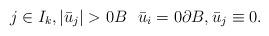
LaTeX: \begin{align*} j \in I_k,|\bar u_j|>0 B \ \ \bar u_i=0 \partial B, \bar u_j\equiv 0.\end{align*}